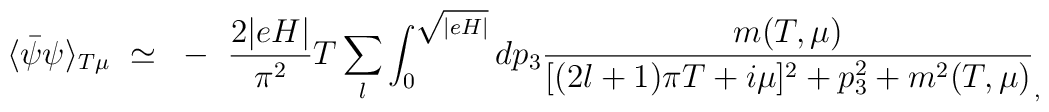
\langle \bar{\psi} \psi \rangle_{T \mu}~\simeq~-~\frac{2 \vert  eH \vert}{\pi^2} T \sum_l \int_0^{\sqrt{\vert eH \vert}} dp_3  \frac{m(T, \mu)}{[(2l+1) \pi T + i \mu]^2 + p_3^2 + m^2(T, \mu)}_,